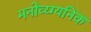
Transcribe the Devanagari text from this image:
मनोव्य्ग्यनिक